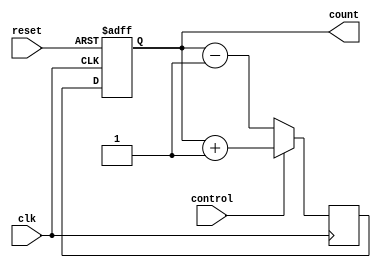
module UpDownCounter (
    input wire clk,              // Clock signal
    input wire reset,            // Reset signal
    input wire control,          // Control input for increment/decrement
    output reg [7:0] count       // Count value stored in register
);

reg [7:0] count_next;           // Temporary register to store next count value

always @(posedge clk or posedge reset) begin
    if (reset) begin
        count <= 8'h00;         // Reset count value to 0
    end else begin
        count <= count_next;    // Update count value on rising edge of clock
    end
end

always @(posedge clk) begin
    if (control) begin
        count_next <= count + 1;    // Increment count if control is '1'
    end else begin
        count_next <= count - 1;    // Decrement count if control is '0'
    end
end

endmodule